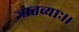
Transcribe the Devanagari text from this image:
ज्ञातव्याः।।